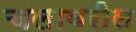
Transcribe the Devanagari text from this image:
चलावरील